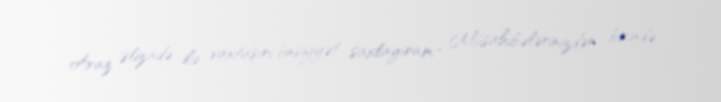
Araz Əlizadə ilə vaxtaşırı ünsiyyət saxlayıram.- Müsahibələrinizdən birində